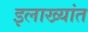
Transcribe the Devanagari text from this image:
इलाख्यांत